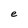
Character: e